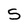
Character: S